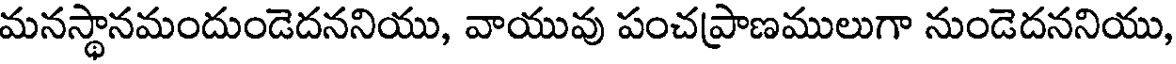
మనస్థానమందుండెదననియు, వాయువు పంచప్రాణములుగా నుండెదననియు,